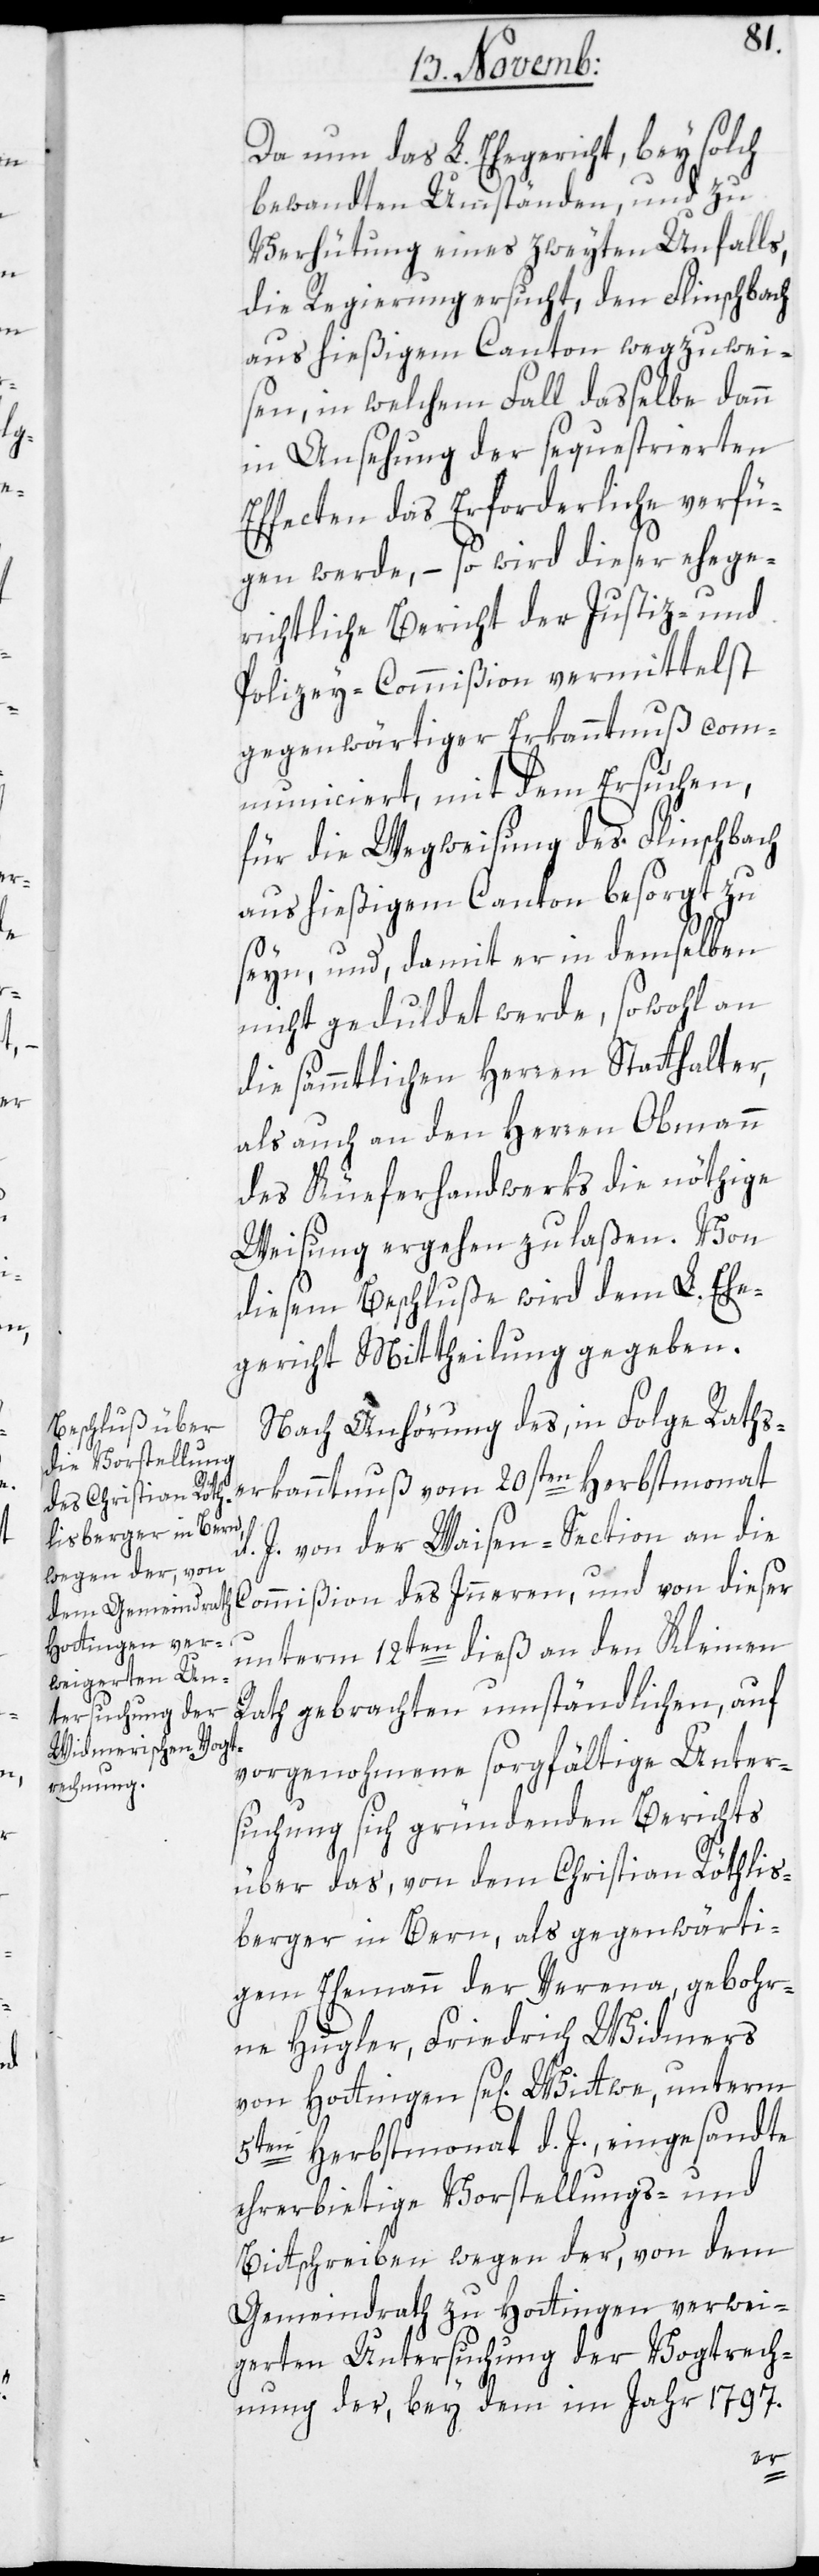
Da nun das L. Ehegericht bey solch
bewandten Umständen, und zu
Verhütung eines zweyten Unfalls,
die Regierung ersucht, den Flinschbach
aus hießigem Canton wegzuwei¬
sen, in welchem Fall dasselbe dann
in Ansehung der sequestrierten
Effecten das Erforderliche verfü¬
gen werde, – so wird dieser ehege¬
richtliche Bericht der Justiz- und
Polizey-Commißion vermittelst
gegenwärtiger Erkanntnuß com¬
municiert, mit dem Ersuchen,
für die Wegweisung des Flinschbach
aus hießigem Canton besorgt zu
seyn, und damit er in demselben
nicht geduldet werde, sowohl an
die sämmtlichen Herren Statthalter,
als auch an den Herren Obmann
des Kueferhandwerks die nöthige
Weisung ergehen zu laßen. Von
diesem Beschluße wird dem L. Ehe¬
gericht Mittheilung gegeben.
Nach Anhörung des in Folge Raths¬
kanntnuß vom 20sten Herbstmonat
d. J. von der Waisen-Section an die
Commißion des Inneren, und von dieser
unterm 12ten dieß an den Kleinen
Rath gebrachten umständlichen, auf
vorgenohmene sorgfältige Unter¬
suchung sich gründenden Berichts
über das, von dem Christian Röthlis¬
berger in Bern, als gegenwärti¬
gem Ehemann der Verena, gebohr¬
ne Hugler, Friedrich Widmers
von Hottingen se[ligen] Wittwe, unterm
5ten Herbstmonat d. J. eingesandte
ehrerbietige Vorstellungs- und
Bittschreiben wegen der, von dem
Gemeindrath zu Hottingen verwei¬
gerten Untersuchung der Vogtrech¬
nung der, bey dem im Jahr 1797.
er¬